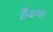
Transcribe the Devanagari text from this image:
हैंदवा